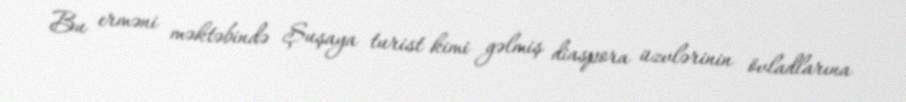
Bu erməni məktəbində Şuşaya turist kimi gəlmiş diaspora üzvlərinin övladlarına